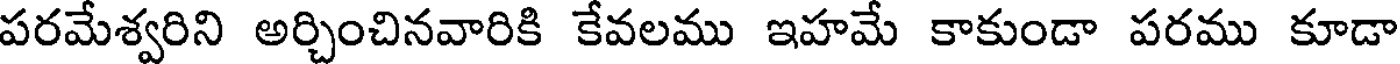
పరమేశ్వరిని అర్చించినవారికి కేవలము ఇహమే కాకుండా పరము కూడా